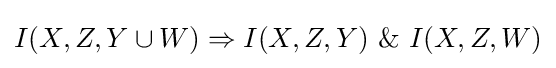
I(X,Z,Y\cup W)\Rightarrow I(X,Z,Y)~\&~I(X,Z,W)